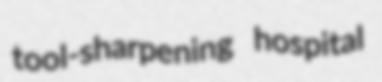
tool-sharpening hospital